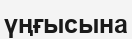
үңғысына